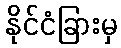
နိုင်ငံခြားမှ